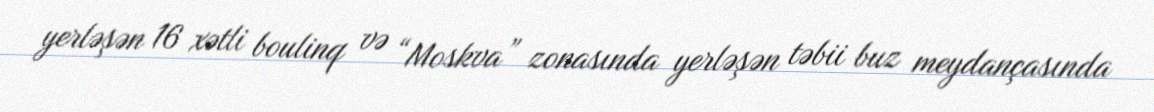
yerləşən 16 xətli boulinq və “Moskva” zonasında yerləşən təbii buz meydançasında